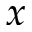
x